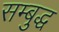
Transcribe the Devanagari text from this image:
सम्बुद्ध